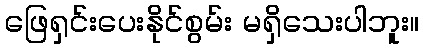
ဖြေရှင်းပေးနိုင်စွမ်း မရှိသေးပါဘူး။